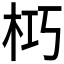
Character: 𭩣